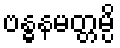
ဗန္ဓနမတ္တမ္ပိ